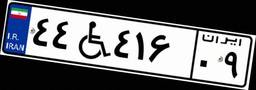
۹۴W۳۰۶۲۵